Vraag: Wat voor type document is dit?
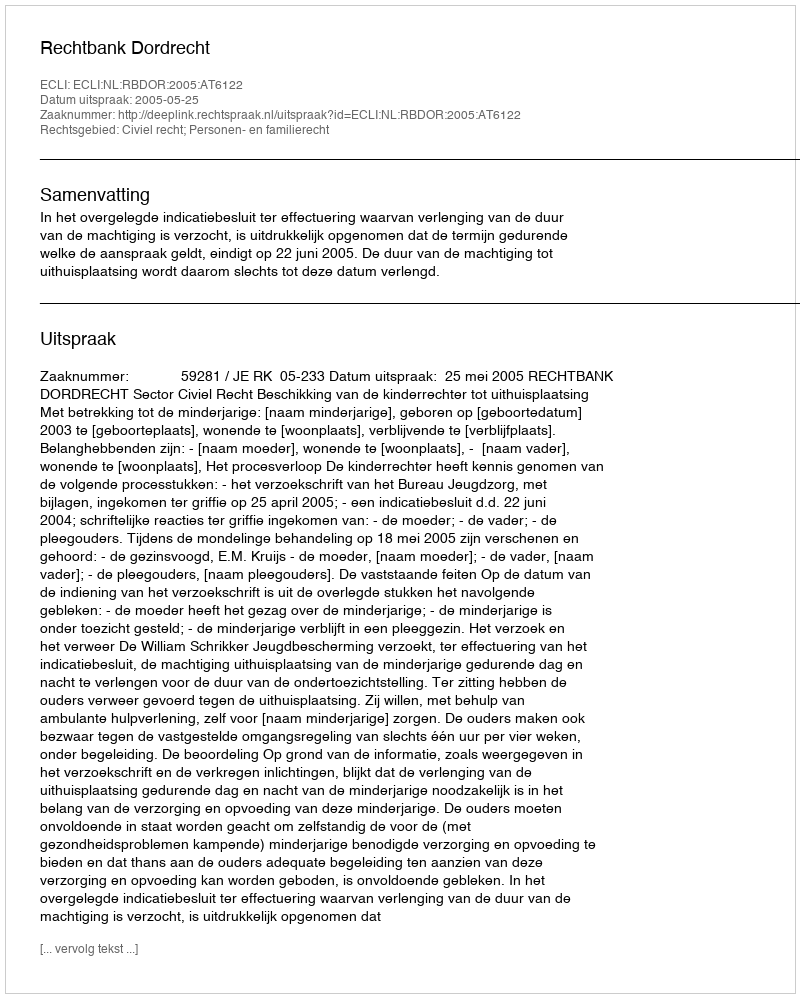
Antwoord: Uitspraak